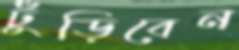
ঢুঁড়িবেন